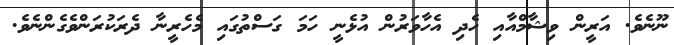
ނޫނެވެ. އަރީން ވިޝާމްއާއި ހެދި އެހާވަރުން އުޅެނީ ހަމަ ގަސްތުގައި މެހެރީނާ ދެރަކުރަންވެގެންނެވެ.